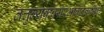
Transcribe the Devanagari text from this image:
तत्तुल्यकवयेरभावादनामिका